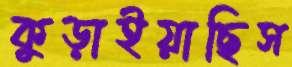
কুড়াইয়াছিস